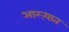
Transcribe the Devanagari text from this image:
आग्ऱ्यात